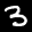
Label: 3